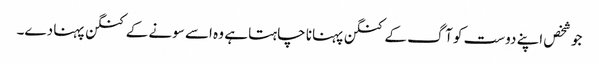
جو شخص اپنے دوست کو آگ کے کنگن پہنانا چاہتا ہے وہ اسے سونے کے کنگن پہنا دے۔